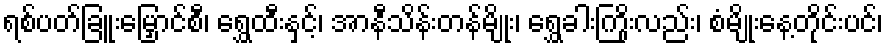
ရစ်ပတ်ခြူးမြှောင်စီ၊ ရွှေထီးနှင့်၊ အာနီသိန်းတန်မျိုး၊ ရွှေခါးကြိုးလည်း၊ စံမျိုးနေ့တိုင်းပင်၊